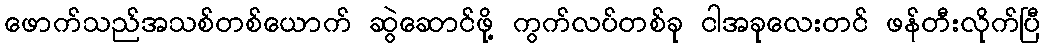
ဖောက်သည်အသစ်တစ်ယောက် ဆွဲဆောင်ဖို့ ကွက်လပ်တစ်ခု ငါအခုလေးတင် ဖန်တီးလိုက်ပြီ